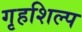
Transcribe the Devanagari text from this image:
गृहशिल्प